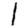
Digit: 1